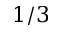
1 / 3